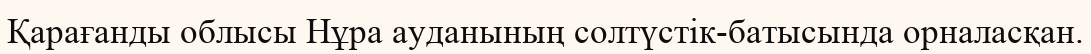
Қарағанды облысы Нұра ауданының солтүстік-батысында орналасқан.